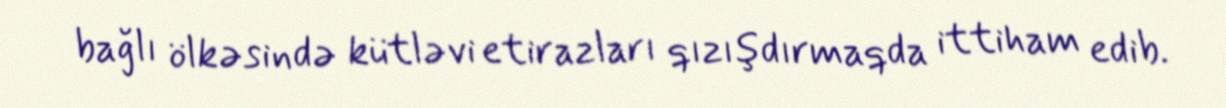
bağlı ölkəsində kütləvi etirazları qızışdırmaqda ittiham edib.